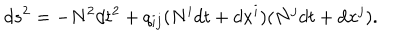
d s ^ { 2 } = - N ^ { 2 } d t ^ { 2 } + q _ { i j } ( N ^ { i } d t + d x ^ { i } ) ( N ^ { j } d t + d x ^ { j } ) .